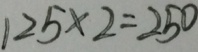
1 2 5 \times 2 = 2 5 0